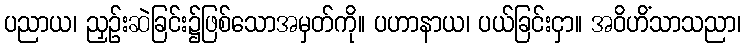
ပညာယ၊ ညှဉ်းဆဲခြင်း၌ဖြစ်သောအမှတ်ကို။ ပဟာနာယ၊ ပယ်ခြင်းငှာ။ အဝိဟိံသာသညာ၊